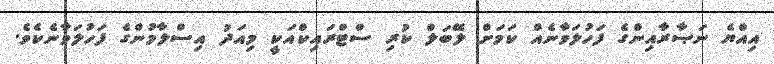
އިއްޔެ ނަޞާރާއިންގެ ފަހުލަވާނެއް ކަމަށް ލޭބަލް ކުރި ސްޓްރައިކްއަކީ މިއަދު އިސްލާމުންގެ ފަހުލަވާނެކެވެ.